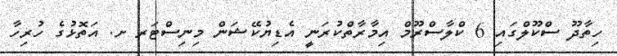
ހިތާދޫ ސްކޫލްގައި 6 ކްލާސްރޫމް އިމާރާތްކުރަނީ އެޑިޔުކޭޝަން މިނިސްޓަރ ށ. އަތޮޅުގެ ހުރިހާ